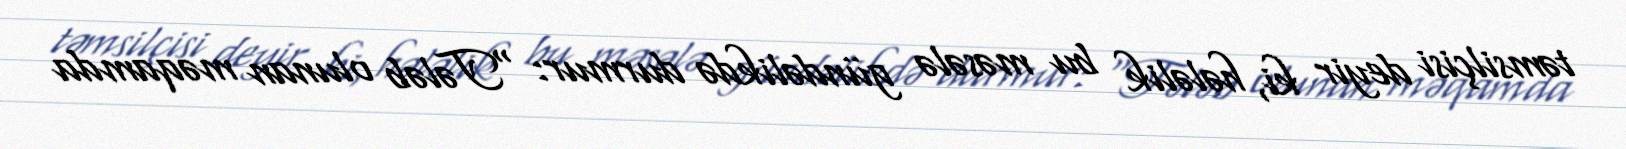
təmsilçisi deyir ki, hələlik bu məsələ gündəlikdə durmur: “Tələb olunan məqamda